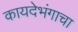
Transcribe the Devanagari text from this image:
कायदेभंगाचा